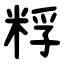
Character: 粰